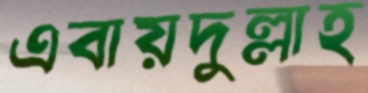
এবায়দুল্লাহ